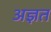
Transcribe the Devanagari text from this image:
अज्ञत